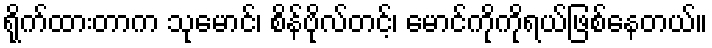
ရိုက်ထားတာက သုမောင်၊ စိန်ဗိုလ်တင့်၊ မောင်ကိုကိုရယ်ဖြစ်နေတယ်။